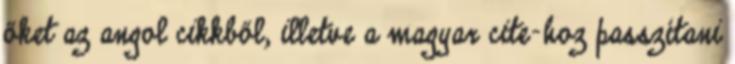
őket az angol cikkből, illetve a magyar cite-hoz passzítani